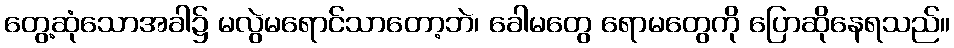
တွေ့ဆုံသောအခါ၌ မလွဲမရောင်သာတော့ဘဲ၊ ခေါမတွေ ရောမတွေကို ပြောဆိုနေရသည်။